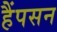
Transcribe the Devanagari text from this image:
हैंपसन